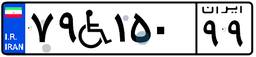
۷۹W۱۵۰۹۹